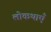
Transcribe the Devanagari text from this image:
लोकथाएँ